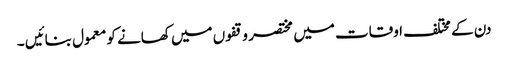
دن کے مختلف اوقات میں مختصر وقفوں میں کھانے کو معمول بنائیں ۔